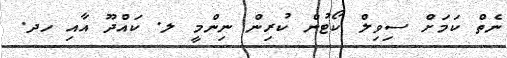
ނެތް ކަމަށް ސިވިލް ކޯޓުން ކުރިން ނިންމީ ލ. ކައްދޫ އާއި ހދ.